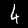
Label: 4